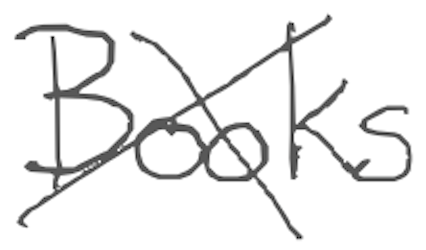
Text: Books
Cross-out: cross
Writing tool: digital_gray